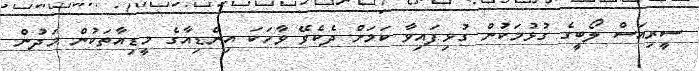
ސީރިއަސް ލޯބީގެ ގުޅުމަކުން ގުޅިފައިވާ ކަމަށް ދެކެވޭ ވާހަކަ އިންޑިއާގެ މީޑިއާތަކުން މަދުން